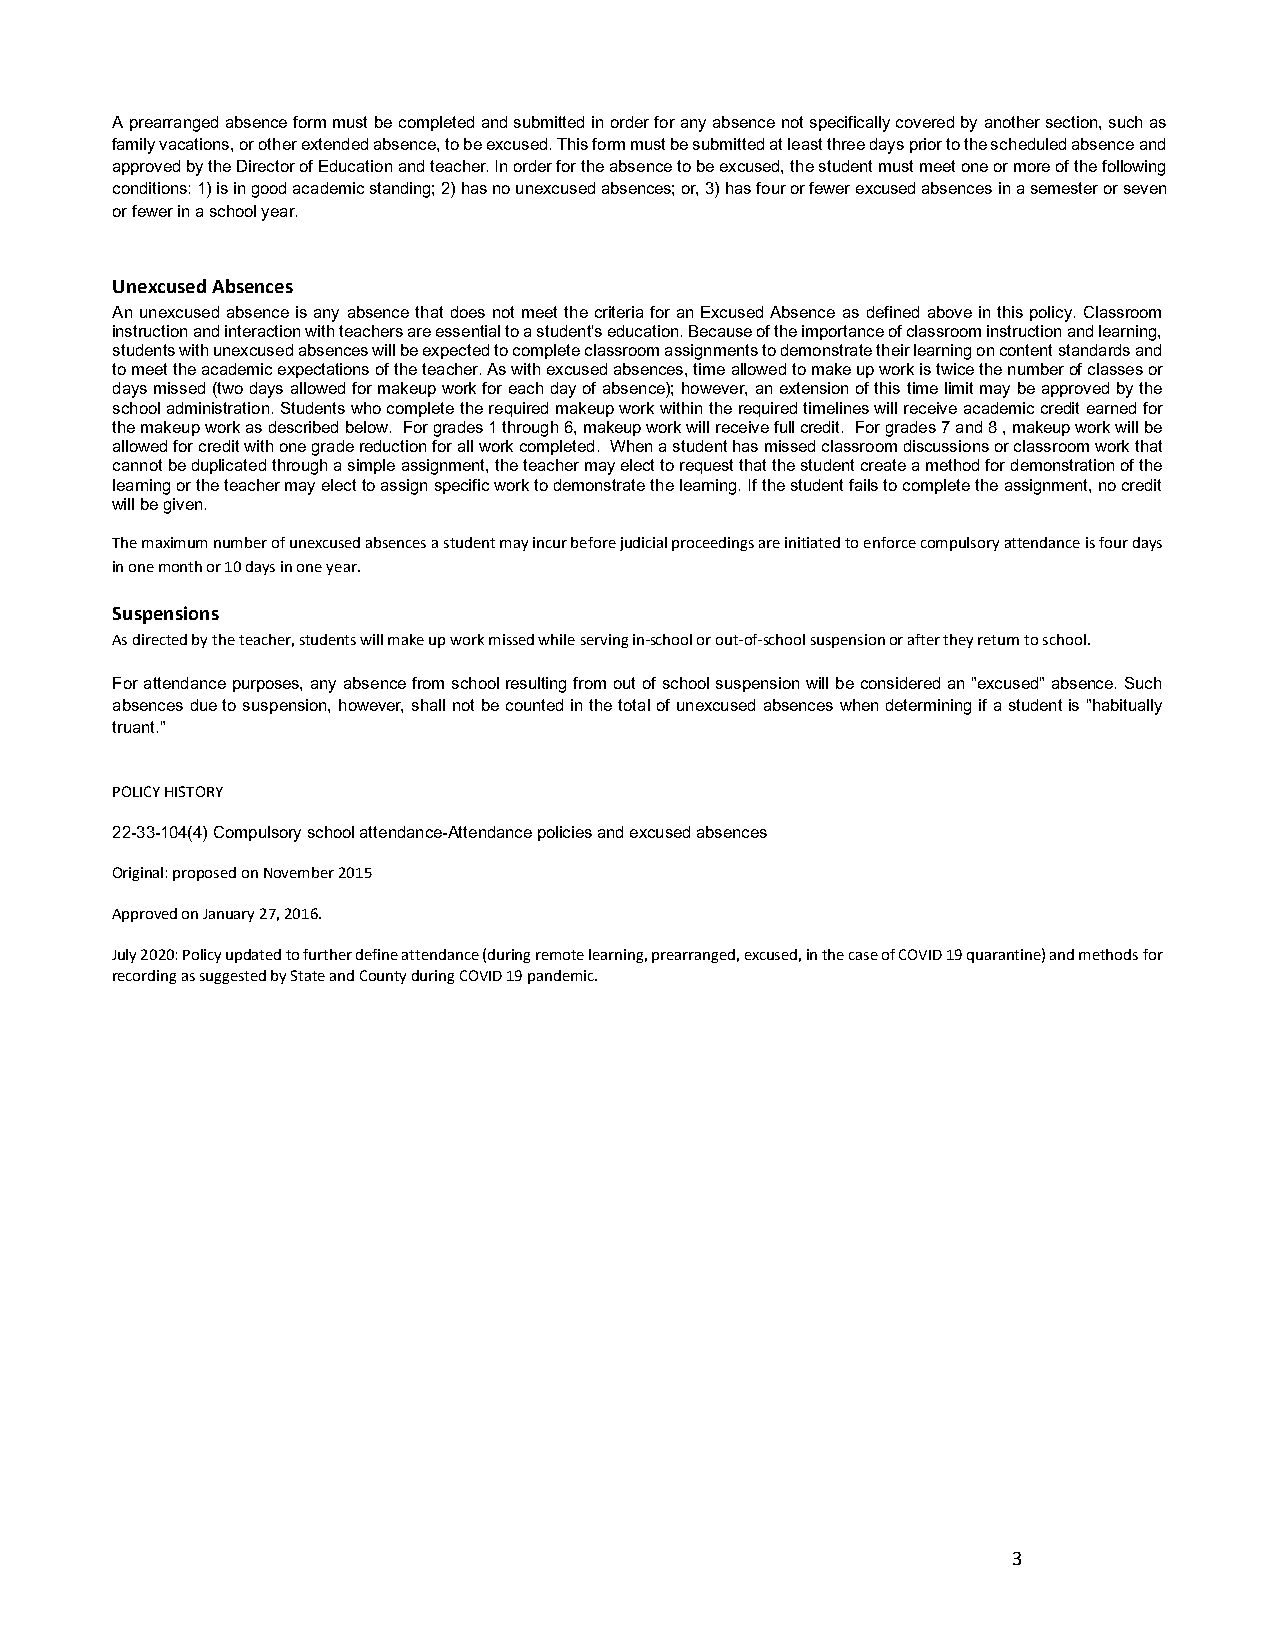
A prearranged absence form must be completed and submitted in order for any absence not specifically covered by another section, such as
 family vacations, or other extended absence, to be excused. This form must be submitted at least three days prior to the scheduled absence and
 approved by the Director of Education and teacher. In order for the absence to be excused, the student must meet one or more of the following
 conditions: 1) is in good academic standing; 2) has no unexcused absences; or, 3) has four or fewer excused absences in a semester or seven
 or fewer in a school year.
 Unexcused Absences
 An unexcused absence is any absence that does not meet the criteria for an Excused Absence as defined above in this policy. Classroom
 instruction and interaction with teachers are essential to a student's education. Because of the importance of classroom instruction and learning,
 students with unexcused absences will be expected to complete classroom assignments to demonstrate their learning on content standards and
 to meet the academic expectations of the teacher. As with excused absences, time allowed to make up work is twice the number of classes or
 days missed (two days allowed for makeup work for each day of absence); however, an extension of this time limit may be approved by the
 school administration. Students who complete the required makeup work within the required timelines will receive academic credit earned for
 the makeup work as described below. For grades 1 through 6, makeup work will receive full credit. For grades 7 and 8 , makeup work will be
 allowed for credit with one grade reduction for all work completed. When a student has missed classroom discussions or classroom work that
 cannot be duplicated through a simple assignment, the teacher may elect to request that the student create a method for demonstration of the
 learning or the teacher may elect to assign specific work to demonstrate the learning. If the student fails to complete the assignment, no credit
 will be given.
 The maximum number of unexcused absences a student may incur before judicial proceedings are initiated to enforce compulsory attendance is four days
 in one month or 10 days in one year.
 Suspensions
 As directed by the teacher, students will make up work missed while serving in-school or out-of-school suspension or after they return to school.
 For attendance purposes, any absence from school resulting from out of school suspension will be considered an "excused" absence. Such
 absences due to suspension, however, shall not be counted in the total of unexcused absences when determining if a student is "habitually
 truant."
 POLICY HISTORY
 22-33-104(4) Compulsory school attendance-Attendance policies and excused absences
 Original: proposed on November 2015
 Approved on January 27, 2016.
 July 2020: Policy updated to further define attendance (during remote learning, prearranged, excused, in the case of COVID 19 quarantine) and methods for
 recording as suggested by State and County during COVID 19 pandemic.
 3